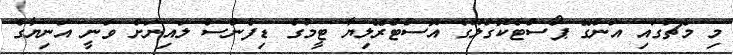
މި މެޗުގައި އަންގޭ ޕޯސްޓެކޮގްލޫގެ އޮސްޓްރޭލިޔާ ޓީމުގެ ޑިފެންސް ލައިނަށް ވަނީ އަނިޔާގެ